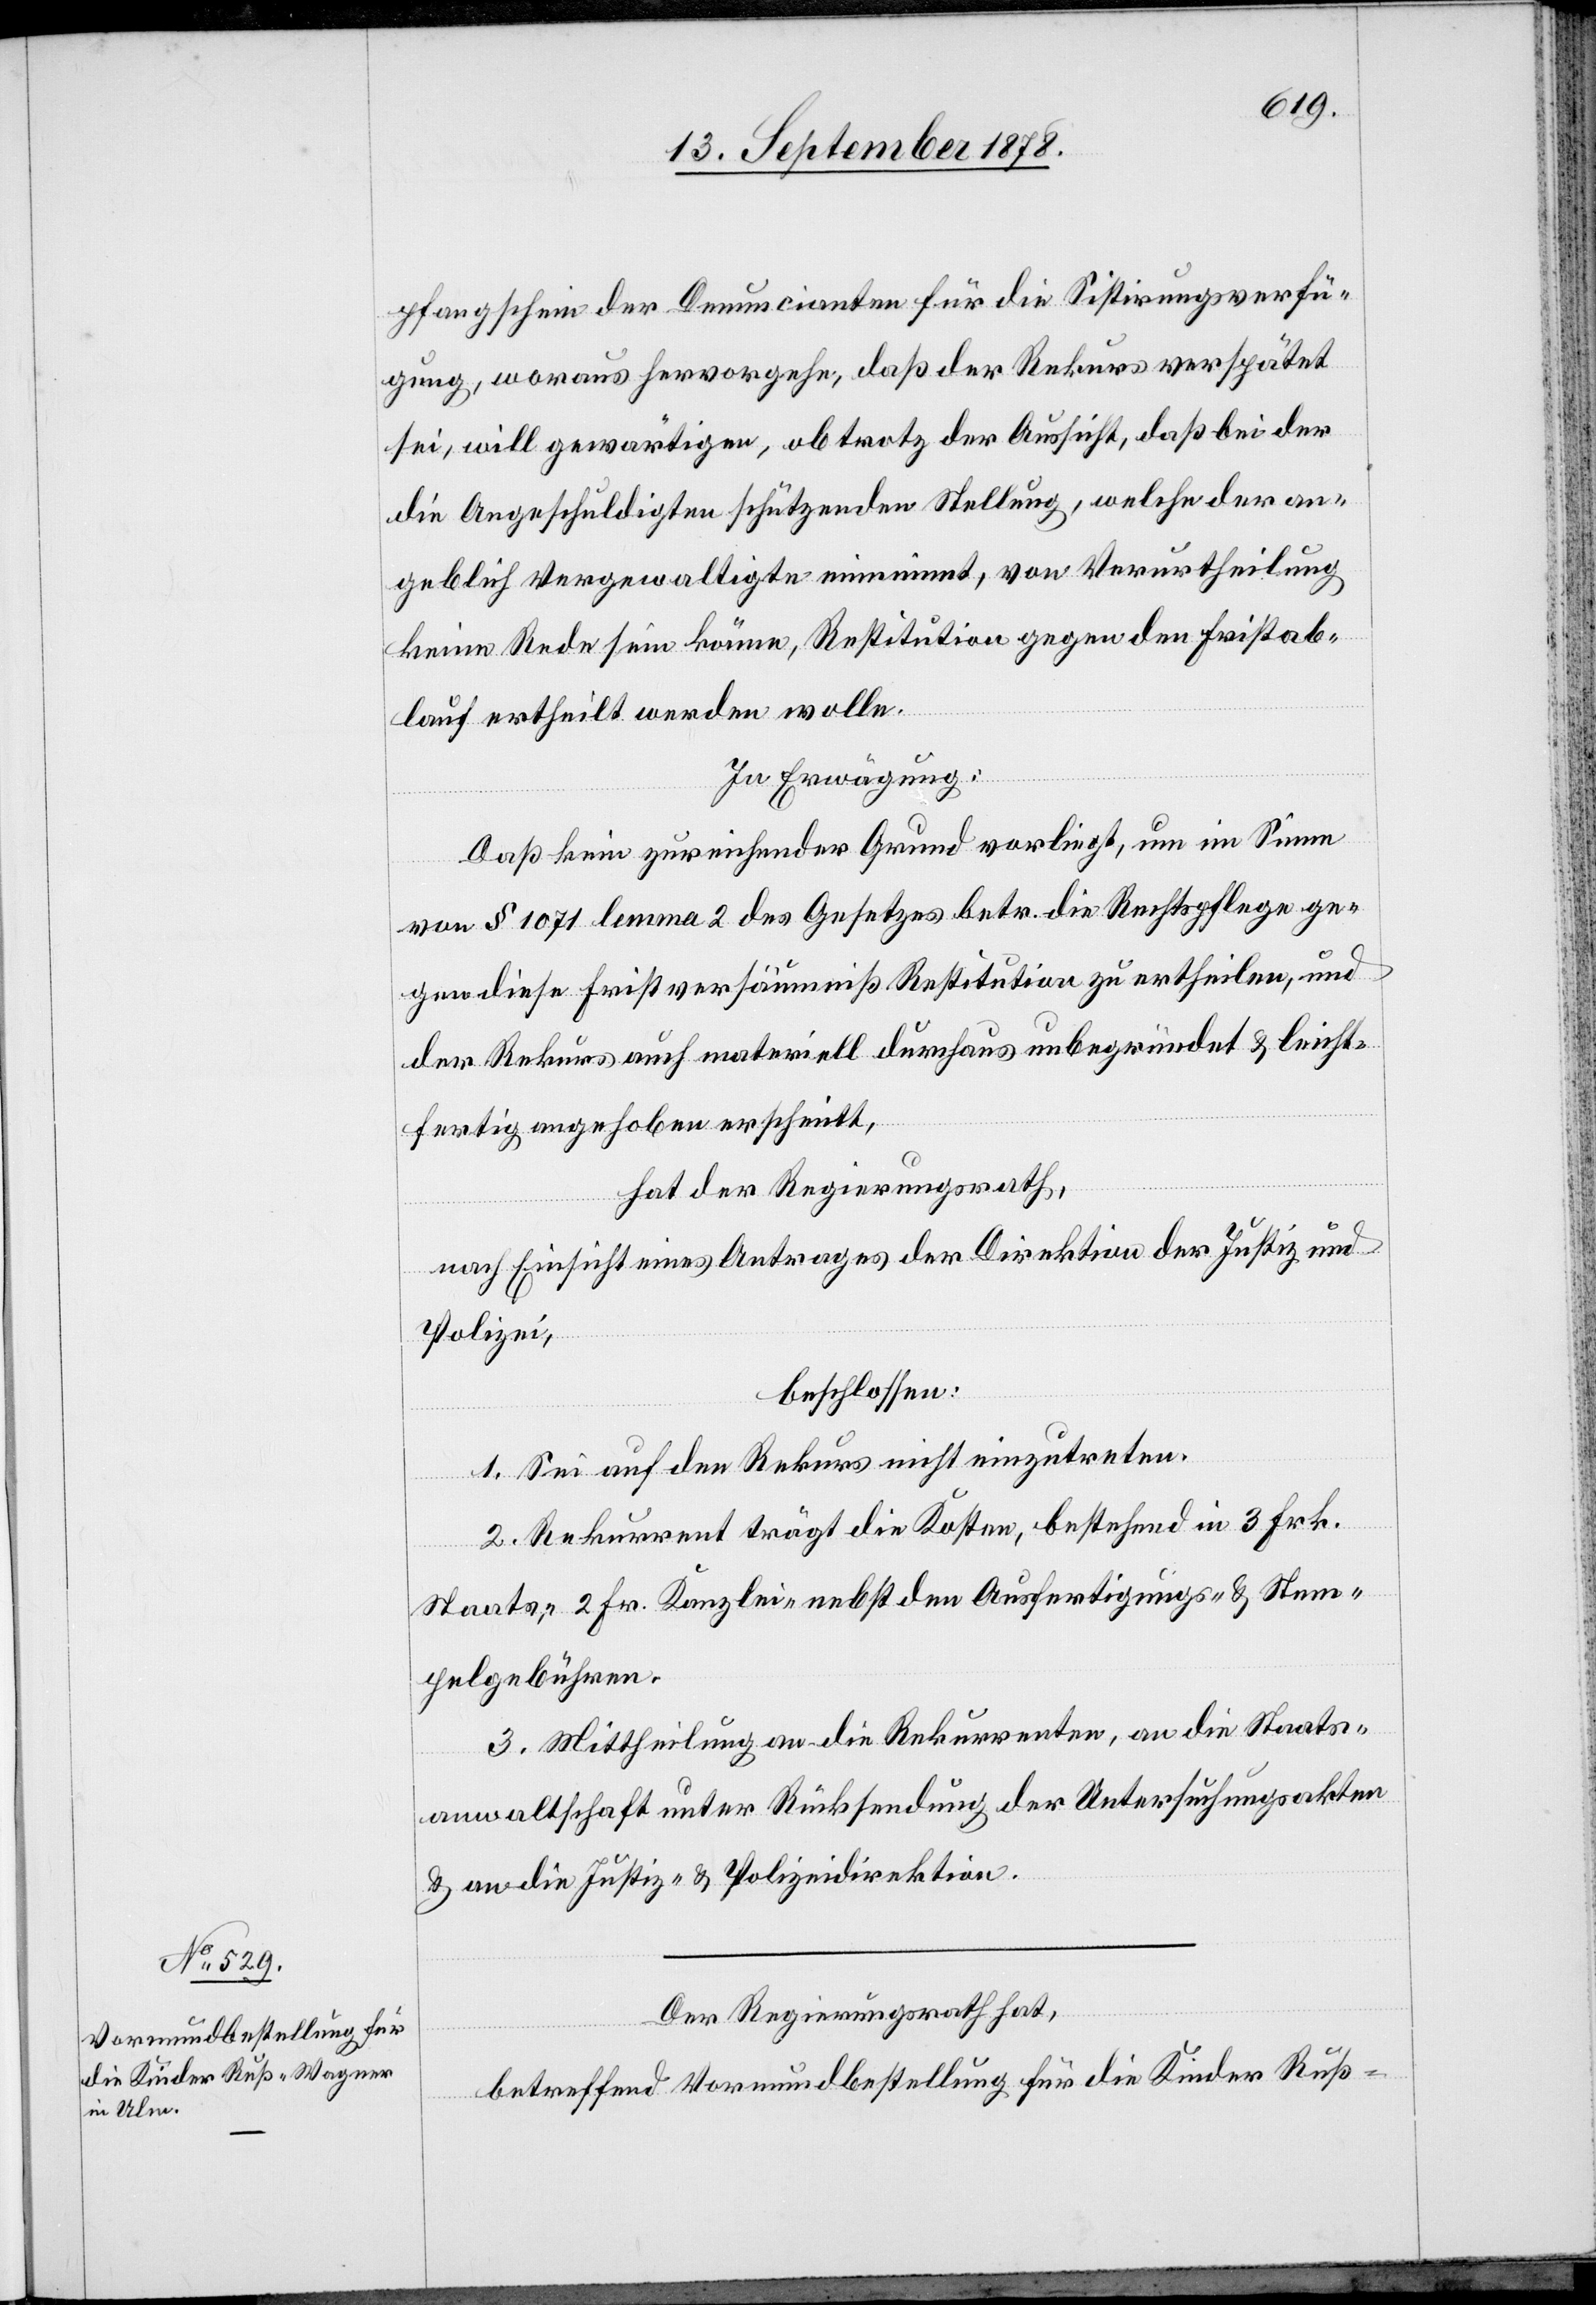
pfangschein der Denuncianten für die Sistirungsverfü¬
gung, woraus hervorgehe, daß der Rekurs verspätet
sei, will gewärtigen, ob trotz der Aussicht, daß bei der
die Angeschuldigten schützenden Stellung, welche der an¬
geblich Vergewaltigte einnimmt, von Verurtheilung
keine Rede sein könne, Restitution gegen den Fristab¬
lauf ertheilt werden wolle.
In Erwägung:
Daß kein zureichender Grund vorliegt, um im Sinne
von § 1071 lemma 2 des Gesetzes betr. die Rechtspflege ge¬
gen diese Fristversäumniß Restitution zu ertheilen, und
der Rekurs auch materiell durchaus unbegründet & leicht¬
fertig angehoben ertheilt,
hat der Regierungsrath,
nach Einsicht eines Antrages der Direktion der Justiz und
Polizei,
beschlossen:
1. Sei auf den Rekurs nicht einzutreten.
2. Rekurrent trägt die Kosten, bestehend in 3 Frk.
Staats-, 2 Fr. Kanzlei- nebst den Ausfertigungs- und Stem¬
pelgebühren.
3. Mittheilung an die Rekurrenten, an die Staats¬
anwaltschaft unter Rücksendung der Untersuchungsakten
& an die Justiz- & Polizeidirektion.
Der Regierungsrath hat,
betreffend Vormundbestellung für die Kinder Ruß-